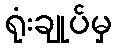
ရုံးချုပ်မှ